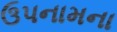
ઉપનામના